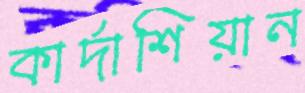
কার্দাশিয়ান